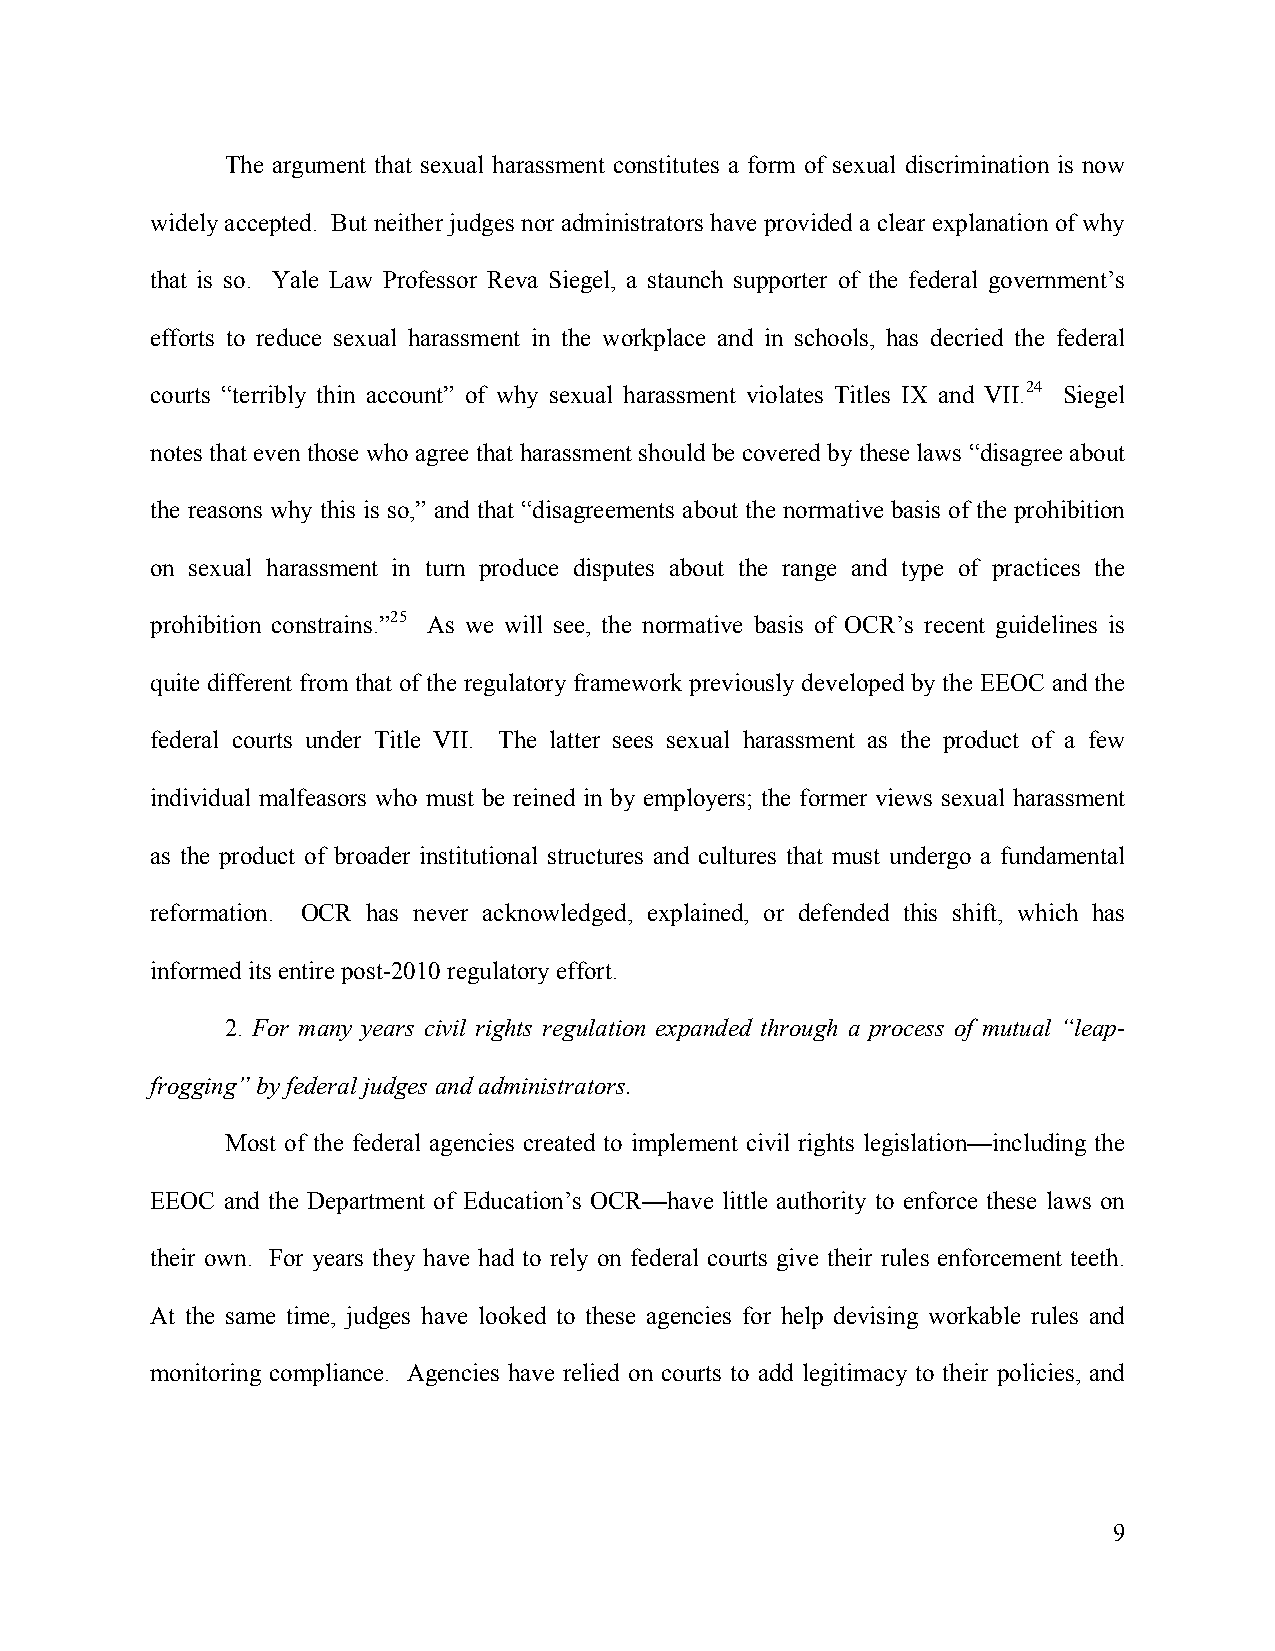
The argument that sexual harassment constitutes a form of sexual discrimination is now
 widely accepted. But neither judges nor administrators have provided a clear explanation of why
 that is so. Yale Law Professor Reva Siegel, a staunch supporter of the federal government’s
 efforts to reduce sexual harassment in the workplace and in schools, has decried the federal
 courts “terribly thin account” of why sexual harassment violates Titles IX and VII.24 Siegel
 notes that even those who agree that harassment should be covered by these laws “disagree about
 the reasons why this is so,” and that “disagreements about the normative basis of the prohibition
 on sexual harassment in turn produce disputes about the range and type of practices the
 prohibition constrains.”25 As we will see, the normative basis of OCR’s recent guidelines is
 quite different from that of the regulatory framework previously developed by the EEOC and the
 federal courts under Title VII. The latter sees sexual harassment as the product of a few
 individual malfeasors who must be reined in by employers; the former views sexual harassment
 as the product of broader institutional structures and cultures that must undergo a fundamental
 reformation. OCR has never acknowledged, explained, or defended this shift, which has
 informed its entire post-2010 regulatory effort.
 2. For many years civil rights regulation expanded through a process of mutual “leap-
 frogging” by federal judges and administrators.
 Most of the federal agencies created to implement civil rights legislation—including the
 EEOC and the Department of Education’s OCR—have little authority to enforce these laws on
 their own. For years they have had to rely on federal courts give their rules enforcement teeth.
 At the same time, judges have looked to these agencies for help devising workable rules and
 monitoring compliance. Agencies have relied on courts to add legitimacy to their policies, and
 9